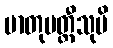
မာတုမတ္တီသုပိ